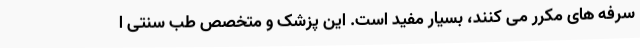
سرفه های مکرر می کنند، بسیار مفید است. این پزشک و متخصص طب سنتی ا